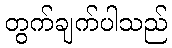
တွက်ချက်ပါသည်